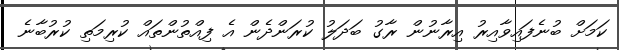
ކަމަށް ބުނެފައިވާއިރު އިރާނުން ރާގު ބަދަލު ކުރަންދެން އެ ފިއްތުންތައް ކުރިމަތި ކުރުބާނެ